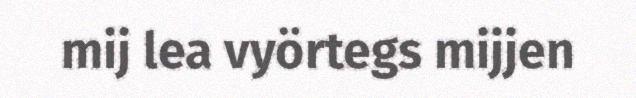
mij lea vyörtegs mijjen